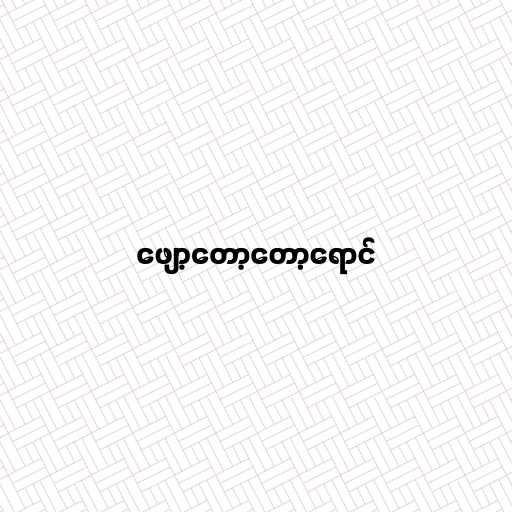
ဖျော့တော့တော့ရောင်